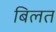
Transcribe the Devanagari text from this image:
बिलत